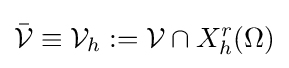
{\bar {\mathcal {V}}}\equiv {\mathcal {V}}_{h}:={\mathcal {V}}\cap X_{h}^{r}(\Omega )